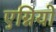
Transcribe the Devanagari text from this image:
एग्नियो